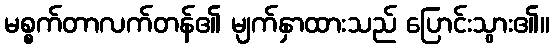
မစ္စက်တာလက်တန်၏ မျက်နှာထားသည် ပြောင်းသွား၏။